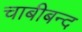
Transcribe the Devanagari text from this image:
चाबीबन्द